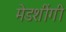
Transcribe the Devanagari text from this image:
मेडशींगी